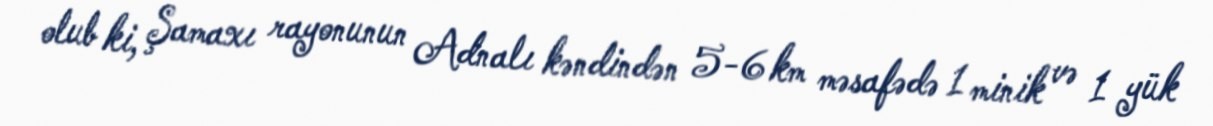
olub ki, Şamaxı rayonunun Adnalı kəndindən 5-6 km məsafədə 1 minik və 1 yük